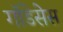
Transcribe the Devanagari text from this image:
गॉडेसेस